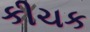
કીચક